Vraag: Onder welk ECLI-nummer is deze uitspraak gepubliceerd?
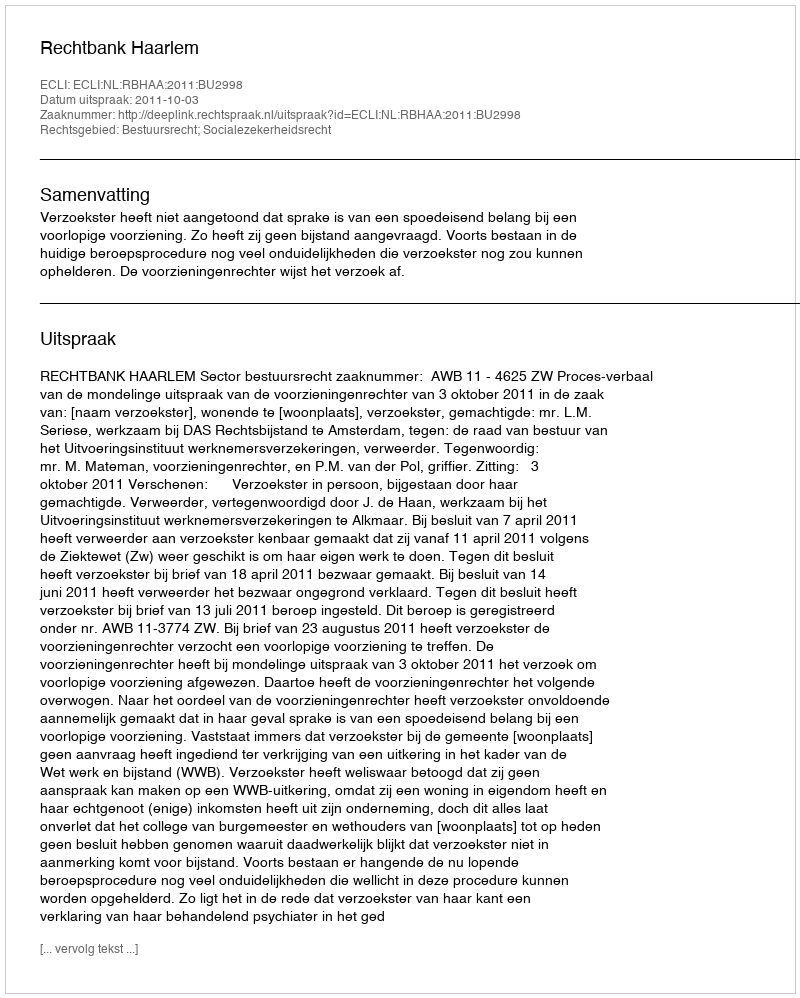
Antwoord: ECLI:NL:RBHAA:2011:BU2998